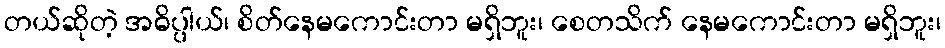
တယ်ဆိုတဲ့ အဓိပ္ပါယ်၊ စိတ်နေမကောင်းတာ မရှိဘူး၊ စေတသိက် နေမကောင်းတာ မရှိဘူး၊